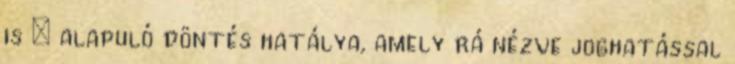
is – alapuló döntés hatálya, amely rá nézve joghatással